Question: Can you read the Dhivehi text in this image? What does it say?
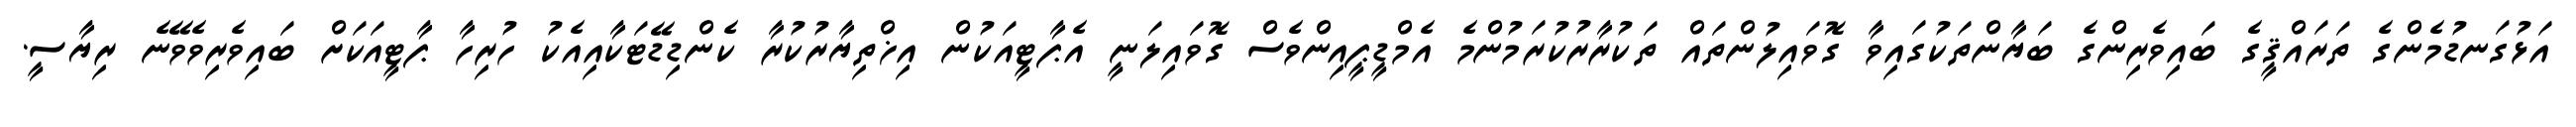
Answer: އަޅުގަނޑުމެންގެ ތަރައްޤީގެ ބައިވެރިންގެ ބަޔާންތަކުގައިވާ ގޮވައިލުންތައް ތަކުރާރުކުރަމުންމެ އެމްޑީޕީއިންވެސް ގޮވައިލަނީ އެޕާޓީއަކުން އިޚްތިޔާރުކުރާ ކެންޑިޑޭޓަކާއިއެކު ހުރިހާ ޕާޓީއަކަށް ބައިވެރިވެވޭނެ ރިޔާސީ.